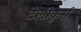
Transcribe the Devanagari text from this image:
टेलीकुर्स